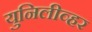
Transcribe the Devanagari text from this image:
युनिलीव्हर